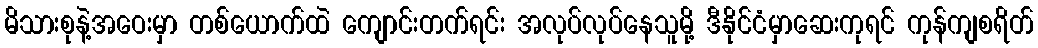
မိသားစုနဲ့အဝေးမှာ တစ်ယောက်ထဲ ကျောင်းတက်ရင်း အလုပ်လုပ်နေသူမို့ ဒီနိုင်ငံမှာဆေးကုရင် ကုန်ကျစရိတ်